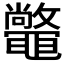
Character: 𣀴